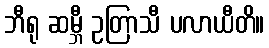
ဘီရု ဆမ္ဘီ ဥတြာသီ ပလာယီတိ။